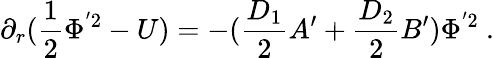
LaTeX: \partial_{r}(\frac{1}{2}\Phi^{'2}-U)=-(\frac{D_{1}}{2}A^{\prime}+\frac{D_{2}}{2}B^{\prime})\Phi^{'2}~.